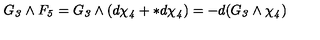
G _ { \it 3 } \wedge F _ { \it 5 } = G _ { \it 3 } \wedge ( d \chi _ { \it 4 } + * d \chi _ { \it 4 } ) = - d ( G _ { \it 3 } \wedge \chi _ { \it 4 } )